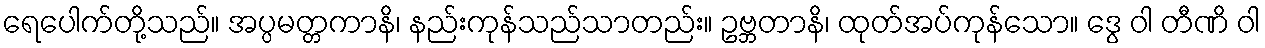
ရေပေါက်တို့သည်။ အပ္ပမတ္တကာနိ၊ နည်းကုန်သည်သာတည်း။ ဥဗ္ဘတာနိ၊ ထုတ်အပ်ကုန်သော။ ဒွေ ဝါ တီဏိ ဝါ